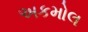
અકમોલ